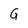
Character: G